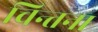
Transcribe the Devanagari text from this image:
चिन्तना